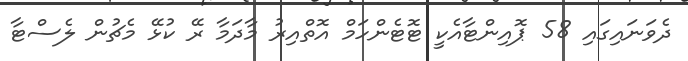
ދެވަނައިގައި 58 ޕޮއިންޓާއެކީ ޓޮޓެންހަމް އޮތްއިރު މާދަމާ ރޭ ކުޅޭ މެޗުން ލެސްޓާ